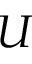
U